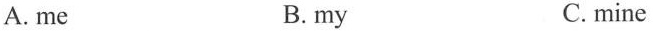
A. me B.my C.mine